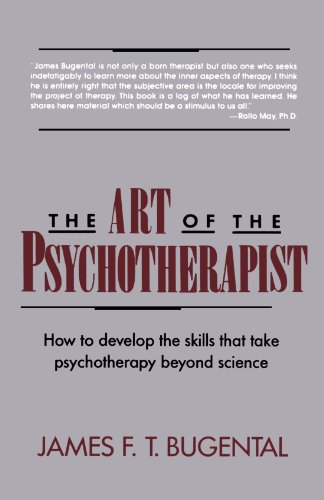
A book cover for The Art of the Psychotherapist: How to develop the skills that take psychotherapy beyond science; James F. T. Bugental; Health, Fitness & Dieting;